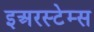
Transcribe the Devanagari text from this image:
इअरस्टेम्स